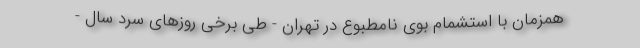
همزمان با استشمام بوی نامطبوع در تهران - طی برخی روزهای سرد سال -